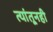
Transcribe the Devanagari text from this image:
त्यांतूनही